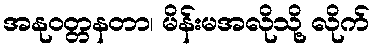
အနုဝတ္တနတာ၊ မိန်းမအလိုသို့ လိုက်